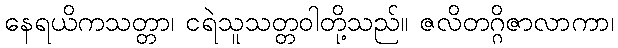
နေရယိကသတ္တာ၊ ငရဲသူသတ္တဝါတို့သည်။ ဇလိတဂ္ဂိဇာလာကာ၊